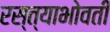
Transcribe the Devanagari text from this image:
रस्त्याभोवती